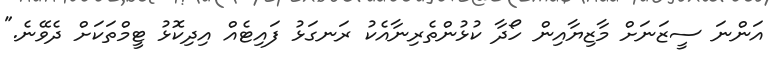
އަންނަ ސީޒަނަށް މާޒިޔާއިން ހޯދާ ކުޅުންތެރިނާއެކު ރަނގަޅު ފައިޓެއް އިދިކޮޅު ޓީމްތަކަށް ދެވޭނެ."